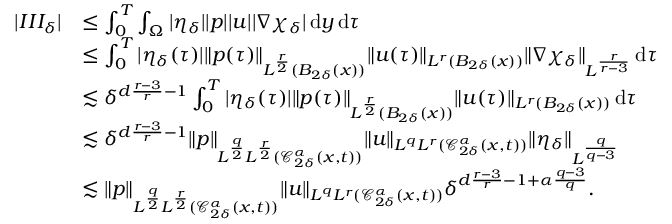
\begin{array} { r l } { | I I I _ { \delta } | } & { \leq \int _ { 0 } ^ { T } \int _ { \Omega } | \eta _ { \delta } | | p | | u | | \nabla \chi _ { \delta } | \, \mathrm { d } y \, \mathrm { d } \tau } \\ & { \leq \int _ { 0 } ^ { T } | \eta _ { \delta } ( \tau ) | \| p ( \tau ) \| _ { L ^ { \frac { r } { 2 } } ( B _ { 2 \delta } ( x ) ) } \| u ( \tau ) \| _ { L ^ { r } ( B _ { 2 \delta } ( x ) ) } \| \nabla \chi _ { \delta } \| _ { L ^ { \frac { r } { r - 3 } } } \, \mathrm { d } \tau } \\ & { \lesssim \delta ^ { d \frac { r - 3 } { r } - 1 } \int _ { 0 } ^ { T } | \eta _ { \delta } ( \tau ) | \| p ( \tau ) \| _ { L ^ { \frac { r } { 2 } } ( B _ { 2 \delta } ( x ) ) } \| u ( \tau ) \| _ { L ^ { r } ( B _ { 2 \delta } ( x ) ) } \, \mathrm { d } \tau } \\ & { \lesssim \delta ^ { d \frac { r - 3 } { r } - 1 } \| p \| _ { L ^ { \frac { q } { 2 } } L ^ { \frac { r } { 2 } } ( \mathcal { C } _ { 2 \delta } ^ { \alpha } ( x , t ) ) } \| u \| _ { L ^ { q } L ^ { r } ( \mathcal { C } _ { 2 \delta } ^ { \alpha } ( x , t ) ) } \| \eta _ { \delta } \| _ { L ^ { \frac { q } { q - 3 } } } } \\ & { \lesssim \| p \| _ { L ^ { \frac { q } { 2 } } L ^ { \frac { r } { 2 } } ( \mathcal { C } _ { 2 \delta } ^ { \alpha } ( x , t ) ) } \| u \| _ { L ^ { q } L ^ { r } ( \mathcal { C } _ { 2 \delta } ^ { \alpha } ( x , t ) ) } \delta ^ { d \frac { r - 3 } { r } - 1 + \alpha \frac { q - 3 } { q } } . } \end{array}